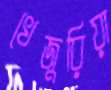
খেজুরিয়া